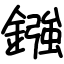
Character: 鏹